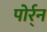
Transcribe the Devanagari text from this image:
पोर्र्न